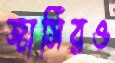
জার্সিরও